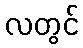
လတွင်